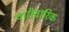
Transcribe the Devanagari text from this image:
पारीवारिक